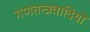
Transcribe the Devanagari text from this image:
गणतन्त्रवादियों